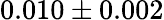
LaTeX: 0.010\pm 0.002